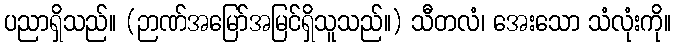
ပညာရှိသည်။ (ဉာဏ်အမြော်အမြင်ရှိသူသည်။) သီတလံ၊ အေးသော သံလုံးကို။